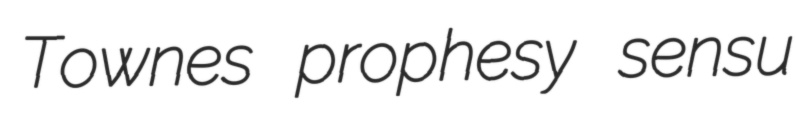
Townes prophesy sensu